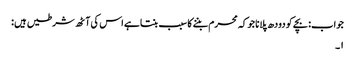
جواب: بچے کو دودھ پلانا جو کہ محرم بننے کا سبب بنتا ہے اس کی آٹھ شرطیں ہیں :
۱۔